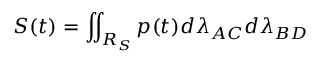
S ( t ) = \iint _ { R _ { S } } p ( t ) d \lambda _ { A C } d \lambda _ { B D }